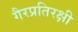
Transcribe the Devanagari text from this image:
गैरप्रतिरक्षी